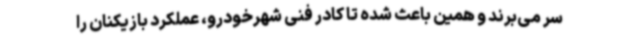
سر می‌برند و همین باعث شده تا کادر فنی شهرخودرو، عملکرد بازیکنان را